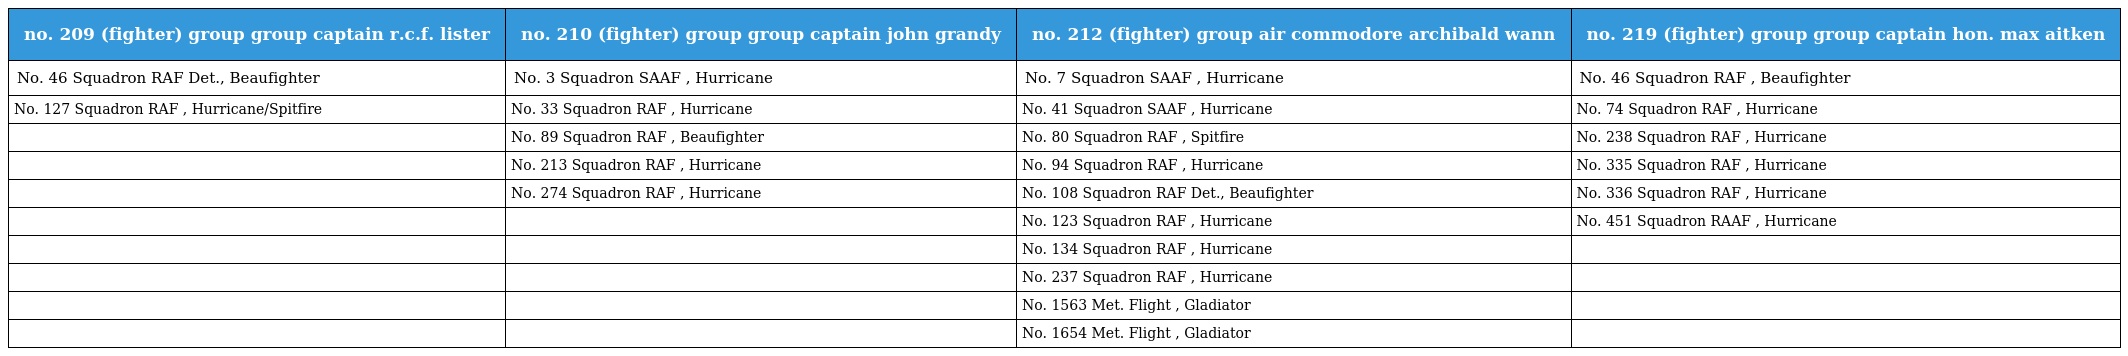
| no. 209 (fighter) group group captain r.c.f. lister | no. 210 (fighter) group group captain john grandy | no. 212 (fighter) group air commodore archibald wann | no. 219 (fighter) group group captain hon. max aitken |
 | --- | --- | --- | --- |
 | No. 46 Squadron RAF Det., Beaufighter | No. 3 Squadron SAAF , Hurricane | No. 7 Squadron SAAF , Hurricane | No. 46 Squadron RAF , Beaufighter |
 | No. 127 Squadron RAF , Hurricane/Spitfire | No. 33 Squadron RAF , Hurricane | No. 41 Squadron SAAF , Hurricane | No. 74 Squadron RAF , Hurricane |
 |  | No. 89 Squadron RAF , Beaufighter | No. 80 Squadron RAF , Spitfire | No. 238 Squadron RAF , Hurricane |
 |  | No. 213 Squadron RAF , Hurricane | No. 94 Squadron RAF , Hurricane | No. 335 Squadron RAF , Hurricane |
 |  | No. 274 Squadron RAF , Hurricane | No. 108 Squadron RAF Det., Beaufighter | No. 336 Squadron RAF , Hurricane |
 |  |  | No. 123 Squadron RAF , Hurricane | No. 451 Squadron RAAF , Hurricane |
 |  |  | No. 134 Squadron RAF , Hurricane |  |
 |  |  | No. 237 Squadron RAF , Hurricane |  |
 |  |  | No. 1563 Met. Flight , Gladiator |  |
 |  |  | No. 1654 Met. Flight , Gladiator |  |